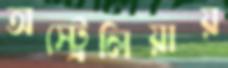
অস্ট্রেলিয়ায়